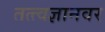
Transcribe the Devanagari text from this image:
तत्त्वज्ञानवर